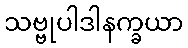
သဗ္ဗုပါဒါနက္ခယာ